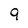
Character: 9